Civil Veterinary Department Bihar reports 1936-40 - 1936-1940
Year: 1936
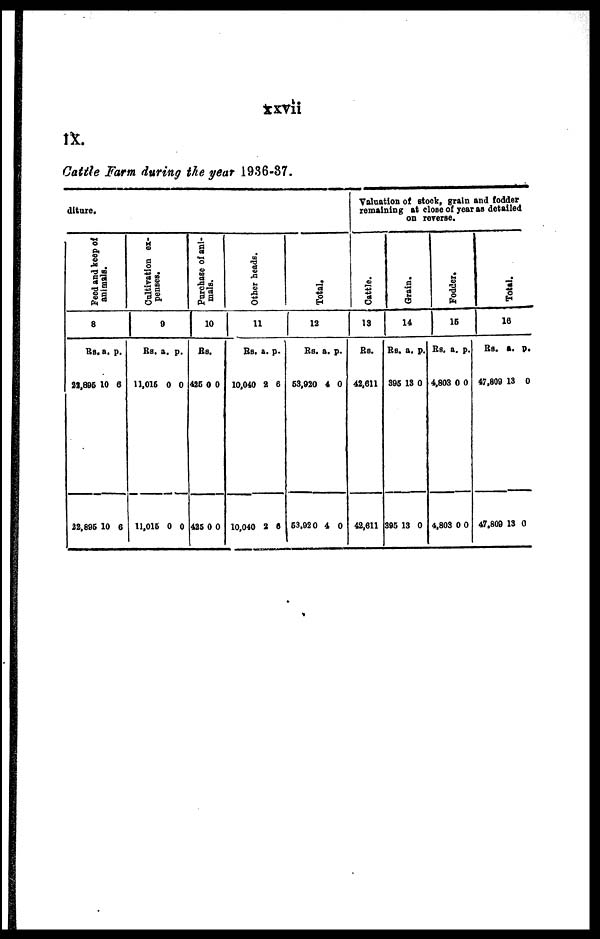
xxvii
IX.
Cattle Farm during the year 1936-37.
diture.
Feed and keep of
animals.
8
Rs.
22,895
22,895
a.
10
10
p.
6
6
Cultivation ex-
penses.
9
Rs.
11,015
11,015
a.
0
0
p.
0
0
Purchase of ani-
mals.
10
Rs.
425
425
0
0
0
0
Other heads.
11
Rs.
10,040
10,040
a.
2
2
p.
6
6
Total.
12
Rs.
53,920
53,920
a.
4
4
p.
0
0
Valuation of stock, grain and fodder
remaining at close of year as detailed
on
reverse.
Cattle.
13
Rs.
42,611
42,611
Grain.
14
Rs.
395
395
a.
13
13
p.
0
0
Fodder.
15
Rs. a
4,803
4,803
.
0
0
p.
0
0
Total.
16
Rs.
47,809
47,809
a.
13
13
p.
0
0